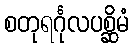
စတုရင်္ဂုလပစ္ဆိမံ